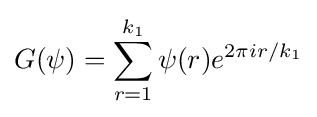
G(\psi )=\sum _{r=1}^{k_{1}}\psi (r)e^{2\pi ir/k_{1}}